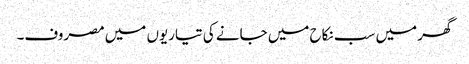
گھر میں سب نکاح میں جانے کی تیاریوں میں مصروف۔